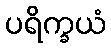
ပရိက္ခယံ